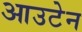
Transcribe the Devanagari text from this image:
आउटेन